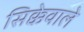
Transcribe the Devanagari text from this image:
सिक्केवाले